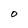
Character: O